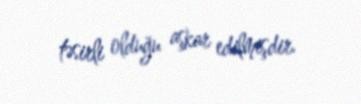
təsirli olduğu aşkar edilmişdir.